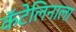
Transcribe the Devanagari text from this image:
कॅटेलिनाला